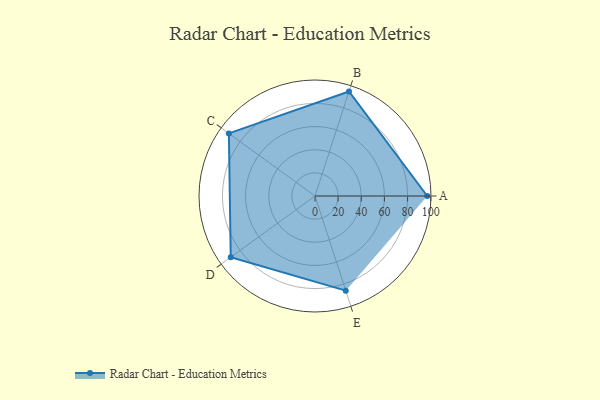
{"axis": {"x": "Skill", "y": "Score"}, "legend": ["Profile"], "data": [{"x": "A", "y": 97.0, "type": "Profile"}, {"x": "B", "y": 95.0, "type": "Profile"}, {"x": "C", "y": 92.0, "type": "Profile"}, {"x": "D", "y": 90.0, "type": "Profile"}, {"x": "E", "y": 86.0, "type": "Profile"}]}